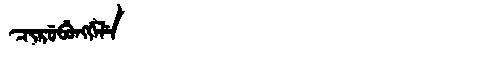
Manchu: ᠴᡳᡵᡠᠪᡠᠩᡤᡝᠯᡝ
Romanization: CIRUBUNGGELE